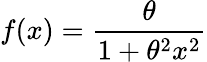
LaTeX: f(x)={\frac{\theta}{1+\theta^{2}x^{2}}}